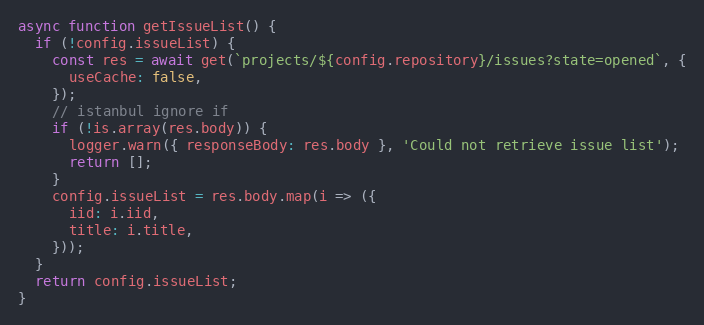
Language: JavaScript
async function getIssueList() {
  if (!config.issueList) {
    const res = await get(`projects/${config.repository}/issues?state=opened`, {
      useCache: false,
    });
    // istanbul ignore if
    if (!is.array(res.body)) {
      logger.warn({ responseBody: res.body }, 'Could not retrieve issue list');
      return [];
    }
    config.issueList = res.body.map(i => ({
      iid: i.iid,
      title: i.title,
    }));
  }
  return config.issueList;
}